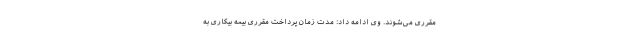
مقرری می‌شوند. وی ادامه داد: مدت زمان پرداخت مقرری بیمه بیکاری به